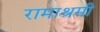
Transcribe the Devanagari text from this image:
रामाश्रमी